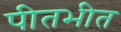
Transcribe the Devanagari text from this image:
पीतभीत